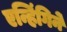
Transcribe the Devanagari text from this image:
एन्हिंगिने